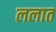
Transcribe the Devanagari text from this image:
ललात